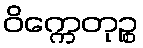
ဝိက္ကေတုဉ္စ